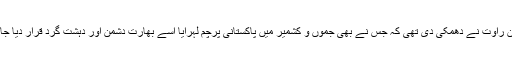
یاد رہے کہ چند ہفتے قبل بھارتی فوجی سربراہ جنرل بپن راوت نے دھمکی دی تھی کہ جس نے بھی جموں و کشمیر میں پاکستانی پرچم لہرایا اسے بھارت دشمن اور دہشت گرد قرار دیا جائے گا اور اس کے خلاف شدید کارروائی کی جائے گی۔